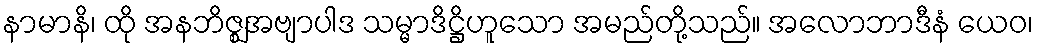
နာမာနိ၊ ထို အနဘိဇ္ဈအဗျာပါဒ သမ္မာဒိဋ္ဌိဟူသော အမည်တို့သည်။ အလောဘာဒီနံ ယေဝ၊